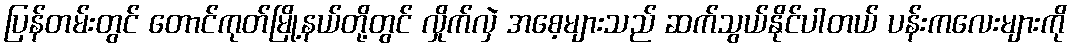
ပြန်တမ်းတွင် တောင်ကုတ်မြို့နယ်တို့တွင် လှိုက်လှဲ အစေ့များသည် ဆက်သွယ်နိုင်ပါတယ် ပန်းကလေးများကို